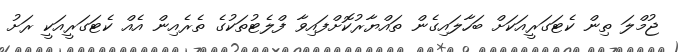
ޖުމްލަ ތިން ކެޓަގަރީއަކަށް ބަހާލައިގެން ތައްޔާރުކޮށްފައިވާ ފްލެޓުތަކުގެ ތެރެއިން އެއް ކެޓަގަރީއަކީ ރަށު